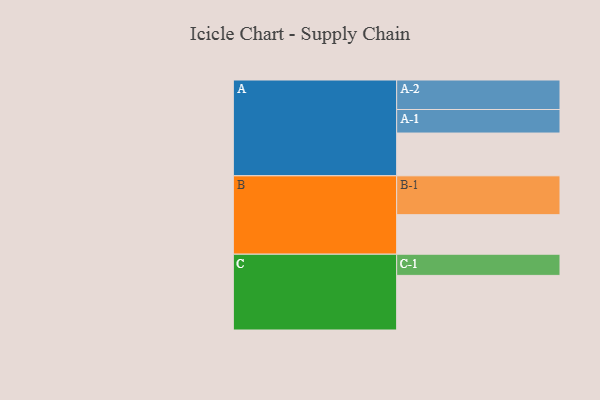
{"axis": {"x": "Segment", "y": "Value"}, "legend": ["", "A", "B", "C"], "data": [{"x": "A", "y": 329, "type": ""}, {"x": "B", "y": 304, "type": ""}, {"x": "C", "y": 420, "type": ""}, {"x": "A-1", "y": 181, "type": "A"}, {"x": "A-2", "y": 227, "type": "A"}, {"x": "B-1", "y": 299, "type": "B"}, {"x": "C-1", "y": 163, "type": "C"}]}